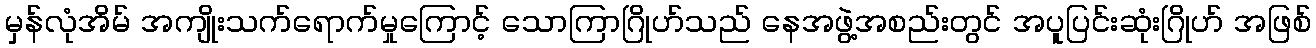
မှန်လုံအိမ် အကျိုးသက်ရောက်မှုကြောင့် သောကြာဂြိုဟ်သည် နေအဖွဲ့အစည်းတွင် အပူပြင်းဆုံးဂြိုဟ် အဖြစ်